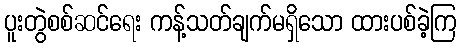
ပူးတွဲစစ်ဆင်ရေး ကန့်သတ်ချက်မရှိသော ထားပစ်ခဲ့ကြ